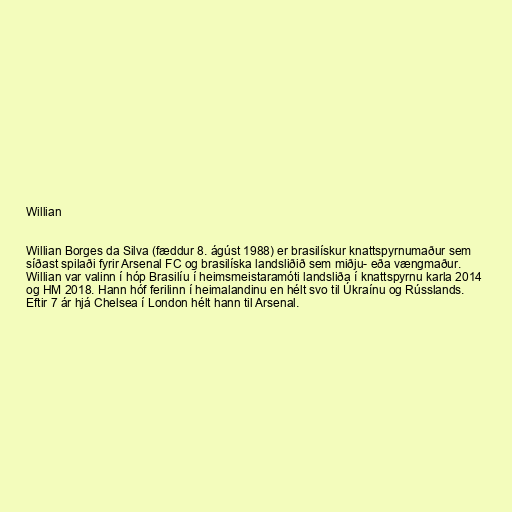
Willian

Willian Borges da Silva (fæddur 8. ágúst 1988) er brasilískur knattspyrnumaður sem
síðast spilaði fyrir Arsenal FC og brasilíska landsliðið sem miðju- eða vængmaður.
Willian var valinn í hóp Brasilíu í heimsmeistaramóti landsliða í knattspyrnu karla 2014
og HM 2018. Hann hóf ferilinn í heimalandinu en hélt svo til Úkraínu og Rússlands.
Eftir 7 ár hjá Chelsea í London hélt hann til Arsenal.